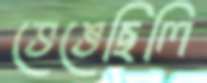
ভেঙেছিলি